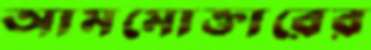
আমমোক্তারের